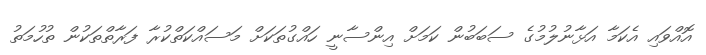
އޮއްވައި އެކަމާ އަޅާނުލުމުގެ ސަބަބުން ކަމަށް އިންސާނީ ހައްގުތަކަށް މަސައްކަތްކުރާ ފަރާތްތަކުން ތުހުމަތު